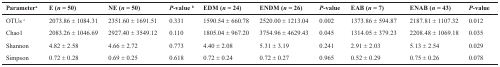
<table><thead><tr><td><b>Parameter<sup>a</sup></b></td><td><b>E (<i>n</i> = 50)</b></td><td><b>NE (<i>n</i> = 50)</b></td><td><b><i>P</i>-value <sup>b</sup></b></td><td><b>EDM (<i>n</i> = 24)</b></td><td><b>ENDM (<i>n</i> = 26)</b></td><td><b><i>P</i>-value</b></td><td><b>EAB (<i>n</i> = 7)</b></td><td><b>ENAB (<i>n</i> = 43)</b></td><td><b><i>P</i>-value</b></td></tr></thead><tbody><tr><td>OTUs <sup>c</sup></td><td>2073.86 ± 1084.31</td><td>2351.60 ± 1691.51</td><td>0.331</td><td>1590.54 ± 660.78</td><td>2520.00 ± 1213.04</td><td>0.002</td><td>1373.86 ± 594.87</td><td>2187.81 ± 1107.32</td><td>0.012</td></tr><tr><td>Chao1</td><td>2083.26 ± 1046.69</td><td>2927.40 ± 3549.12</td><td>0.110</td><td>1805.04 ± 967.20</td><td>3754.96 ± 4629.43</td><td>0.045</td><td>1314.05 ± 379.23</td><td>2208.48 ± 1069.18</td><td>0.035</td></tr><tr><td>Shannon</td><td>4.82 ± 2.58</td><td>4.66 ± 2.72</td><td>0.773</td><td>4.40 ± 2.08</td><td>5.31 ± 3.19</td><td>0.241</td><td>2.91 ± 2.03</td><td>5.13 ± 2.54</td><td>0.029</td></tr><tr><td>Simpson</td><td>0.72 ± 0.28</td><td>0.69 ± 0.25</td><td>0.618</td><td>0.72 ± 0.24</td><td>0.72 ± 0.27</td><td>0.965</td><td>0.52 ± 0.29</td><td>0.75 ± 0.26</td><td>0.078</td></tr></tbody></table>